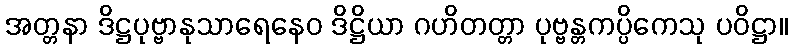
အတ္တနာ ဒိဋ္ဌပုဗ္ဗာနုသာရေနေဝ ဒိဋ္ဌိယာ ဂဟိတတ္တာ ပုဗ္ဗန္တကပ္ပိကေသု ပဝိဋ္ဌာ။